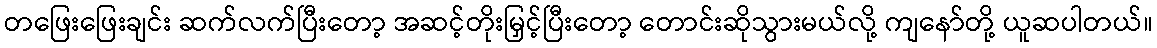
တဖြေးဖြေးချင်း ဆက်လက်ပြီးတော့ အဆင့်တိုးမြှင့်ပြီးတော့ တောင်းဆိုသွားမယ်လို့ ကျနော်တို့ ယူဆပါတယ်။